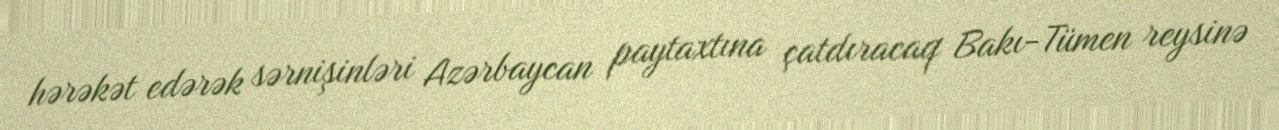
hərəkət edərək sərnişinləri Azərbaycan paytaxtına çatdıracaq Bakı-Tümen reysinə